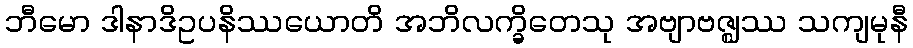
ဘီမော ဒါနာဒိဥပနိဿယောတိ အဘိလက္ခိတေသု အဗျာဗဇ္ဈဿ သကျမုနီ